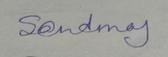
Signature authenticity: genuine